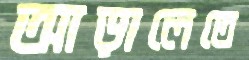
আড়ালেতে